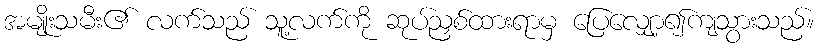
အမျိုးသမီး၏ လက်သည် သူ့လက်ကို ဆုပ်ညှစ်ထားရာမှ ပြေလျှော့၍ကျသွားသည်။